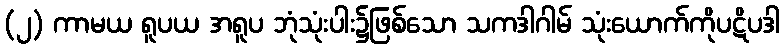
(၂) ကာမယ ရူပယ အရူပ ဘုံသုံးပါး၌ဖြစ်သော သကဒါဂါမ် သုံးယောက်ကိုပဋိပဒါ